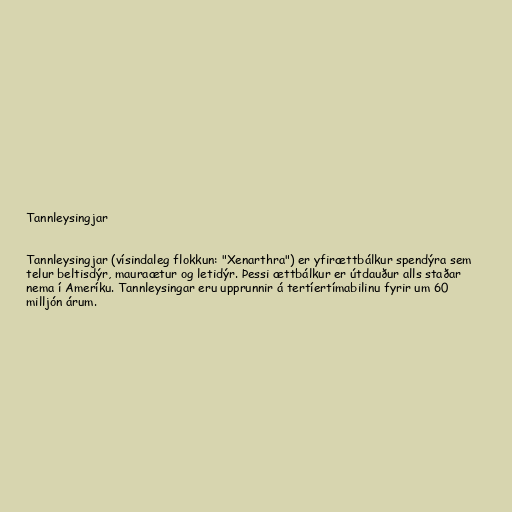
Tannleysingjar

Tannleysingjar (vísindaleg flokkun: "Xenarthra") er yfirættbálkur spendýra sem
telur beltisdýr, mauraætur og letidýr. Þessi ættbálkur er útdauður alls staðar
nema í Ameríku. Tannleysingar eru upprunnir á tertíertímabilinu fyrir um 60
milljón árum.